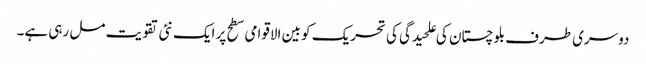
دوسری طرف بلوچستان کی علحیدگی کی تحریک کو بین الاقوامی سطح پر ایک نئی تقویت مل رہی ہے۔